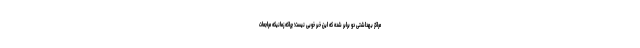
مراکز بهداشتی دو برابر شده که این خبر خوبی نیست؛ چراکه زمانیکه مراجعات